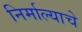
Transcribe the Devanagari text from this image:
निर्माल्याचे